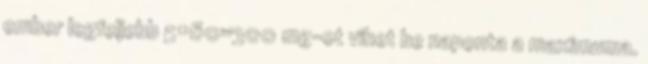
ember legfeljebb 5×60=300 mg-ot vihet be naponta a maximuma.